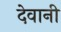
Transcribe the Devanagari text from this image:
देवानी